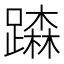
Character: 𨅾